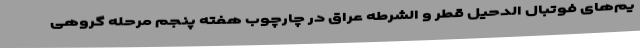
یم‌های فوتبال الدحیل قطر و الشرطه عراق در چارچوب هفته پنجم مرحله گروهی